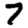
Digit: 7